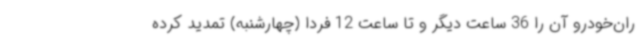
ران‌خودرو آن را 36 ساعت دیگر و تا ساعت 12 فردا (چهارشنبه) تمدید کرده